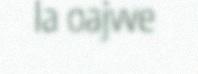
la oajvve